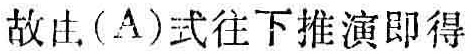
故由\((A)\)式往下推演即得